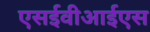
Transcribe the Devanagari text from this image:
एसईवीआईएस